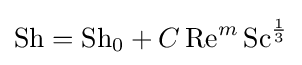
\mathrm {Sh} =\mathrm {Sh} _{0}+C\,\mathrm {Re} ^{m}\,\mathrm {Sc} ^{\frac {1}{3}}